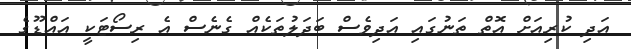
އަދި ކުރިއަށް އޮތް ތަނުގައި އަދިވެސް ބަދަލުތަކެއް ގެނެސް އެ ރިސޯޓަކީ އައްޑޫގެ